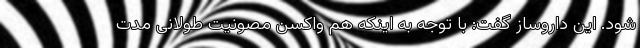
شود. این داروساز گفت: با توجه به اینکه هم واکسن مصونیت طولانی مدت